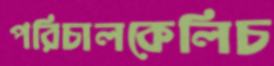
পরিচালকেলিচ